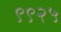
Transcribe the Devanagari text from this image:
९९२५